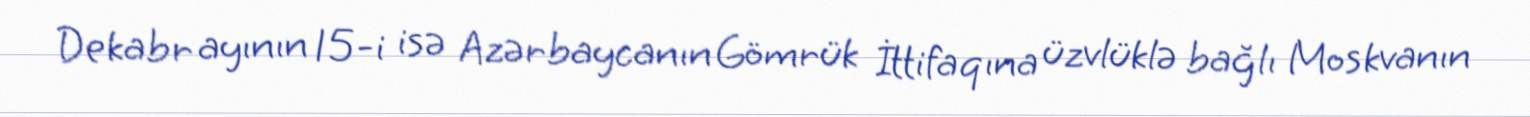
Dekabr ayının 15-i isə Azərbaycanın Gömrük İttifaqına üzvlüklə bağlı Moskvanın